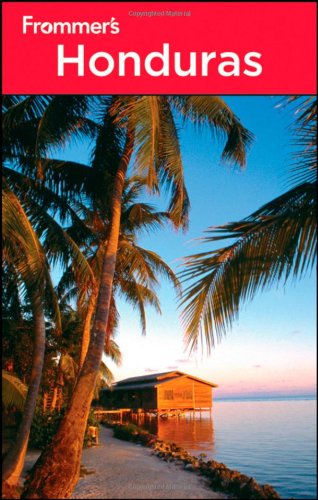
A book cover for Frommer's Honduras (Frommer's Complete Guides); Nicholas Gill; Travel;